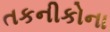
તકનીકોના